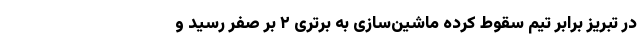
در تبریز برابر تیم سقوط‌ کرده ماشین‌سازی به برتری ۲ بر صفر رسید و